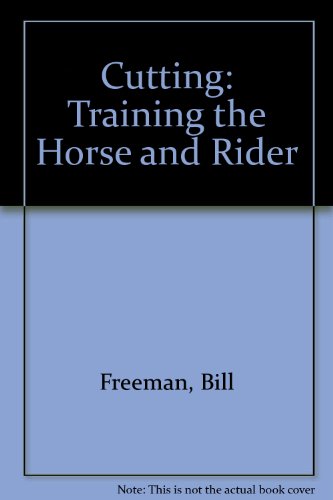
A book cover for Cutting: Training the Horse and Rider; Bill Freeman; Sports & Outdoors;